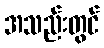
အသည်းတွင်